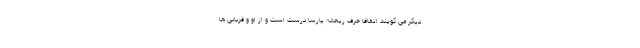
دیگر می گویند اتفاقا حرف ریحانه پارسا درست است و از او و قربانی ها